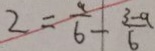
2 = \frac { a } { 6 } - \frac { 3 - a } { 6 }